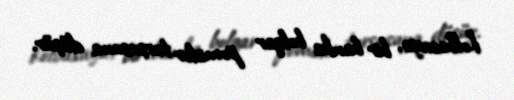
kolbasaya, bir banka bolqar pomidor turşusuna düşür.